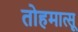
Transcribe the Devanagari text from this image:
तोहमात्सू